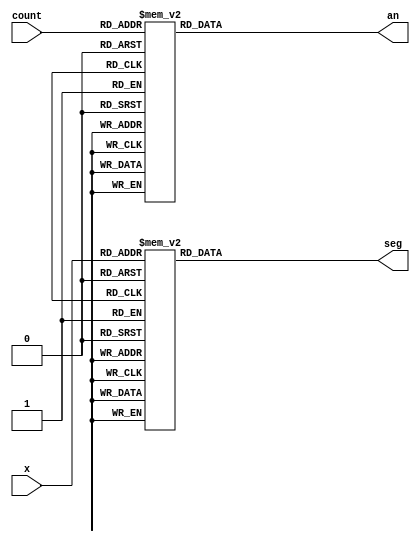
`timescale 1ns / 1ps
//////////////////////////////////////////////////////////////////////////////////
// Company: 
// Engineer: 
// 
// Design Name: 
// Module Name: bcd_decoder
// Project Name: 
// Target Devices: 
// Tool Versions: 
// Description: 
// 
// Dependencies: 
// 
// Revision:
// Revision 0.01 - File Created
// Additional Comments:
// 
//////////////////////////////////////////////////////////////////////////////////


module bcd_decoder(
    input [2:0]count,
    input [3:0]x,
    output reg [6:0]seg,
    output reg [7:0]an
    );
    
    always @ (x)
    begin
        case(x)
            4'b0000:seg <= 7'b1000000;
            4'b0001:seg <= 7'b1111001;
            4'b0010:seg <= 7'b0100100;
            4'b0011:seg <= 7'b0110000;
            4'b0100:seg <= 7'b0011001;
            4'b0101:seg <= 7'b0010010;
            4'b0110:seg <= 7'b0000010;
            4'b0111:seg <= 7'b1111000;
            4'b1000:seg <= 7'b0000000;
            4'b1001:seg <= 7'b0010000;
            4'b1010:seg <= 7'b0001000;
            4'b1011:seg <= 7'b0000011;
            4'b1100:seg <= 7'b1000110;
            4'b1101:seg <= 7'b0100001;
            4'b1110:seg <= 7'b0000110;
            4'b1111:seg <= 7'b0001110;
        endcase
    end
    
    always @ (*)
    begin
        case(count)
            3'b000:an=8'b01111111;
            3'b001:an=8'b10111111;
            3'b010:an=8'b11011111;
            3'b011:an=8'b11101111;
            3'b100:an=8'b11110111;
            3'b101:an=8'b11111011;
            3'b110:an=8'b11111101;
            3'b111:an=8'b11111110;
        endcase
    end
endmodule